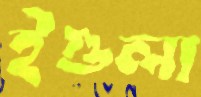
ইগুলা